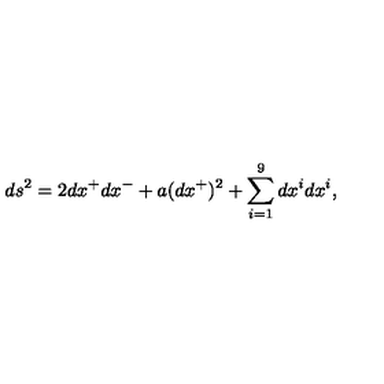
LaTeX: d s ^ { 2 } = 2 d x ^ { + } d x ^ { - } + a ( d x ^ { + } ) ^ { 2 } + \sum _ { i = 1 } ^ { 9 } d x ^ { i } d x ^ { i } ,